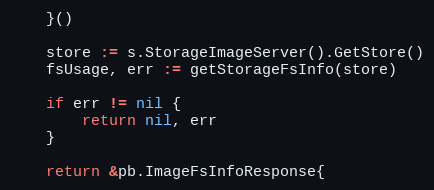
Language: Go
	}()

	store := s.StorageImageServer().GetStore()
	fsUsage, err := getStorageFsInfo(store)

	if err != nil {
		return nil, err
	}

	return &pb.ImageFsInfoResponse{